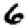
Digit: 6